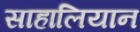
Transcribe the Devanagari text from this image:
साहालियान